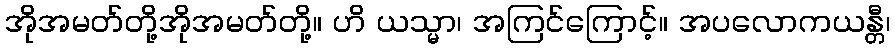
အိုအမတ်တို့အိုအမတ်တို့။ ဟိ ယသ္မာ၊ အကြင်ကြောင့်။ အပလောကယန္တီ၊